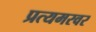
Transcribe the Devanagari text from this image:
प्रत्यमरवर